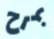
بمرح